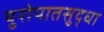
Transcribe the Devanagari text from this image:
युरोपातसुद्धा